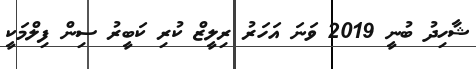
ޝާހިދު ބުނީ 2019 ވަނަ އަހަރު ރިލީޒް ކުރި ކަބީރު ސިން ފިލްމަކީ